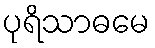
ပုရိသာဓမေ